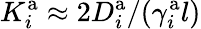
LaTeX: K_{i}^{\mathrm{a}}\approx 2D_{i}^{\mathrm{a}}/(\gamma_{i}^{\mathrm{a}}l)